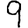
Digit: 9